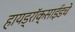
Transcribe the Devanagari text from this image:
हायड्राॅक्साईडचे